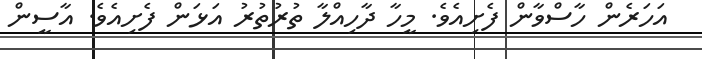
އަހަރެން ހާސްވާން ފެށިއެވެ. މީހާ ދާހިއްލާ ތުރުތުރު އަޅަން ފެށިއެވެ. އާސީން